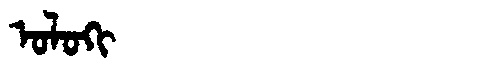
Manchu: ᠣᠯᠣᡴᡳ
Romanization: OLOKI